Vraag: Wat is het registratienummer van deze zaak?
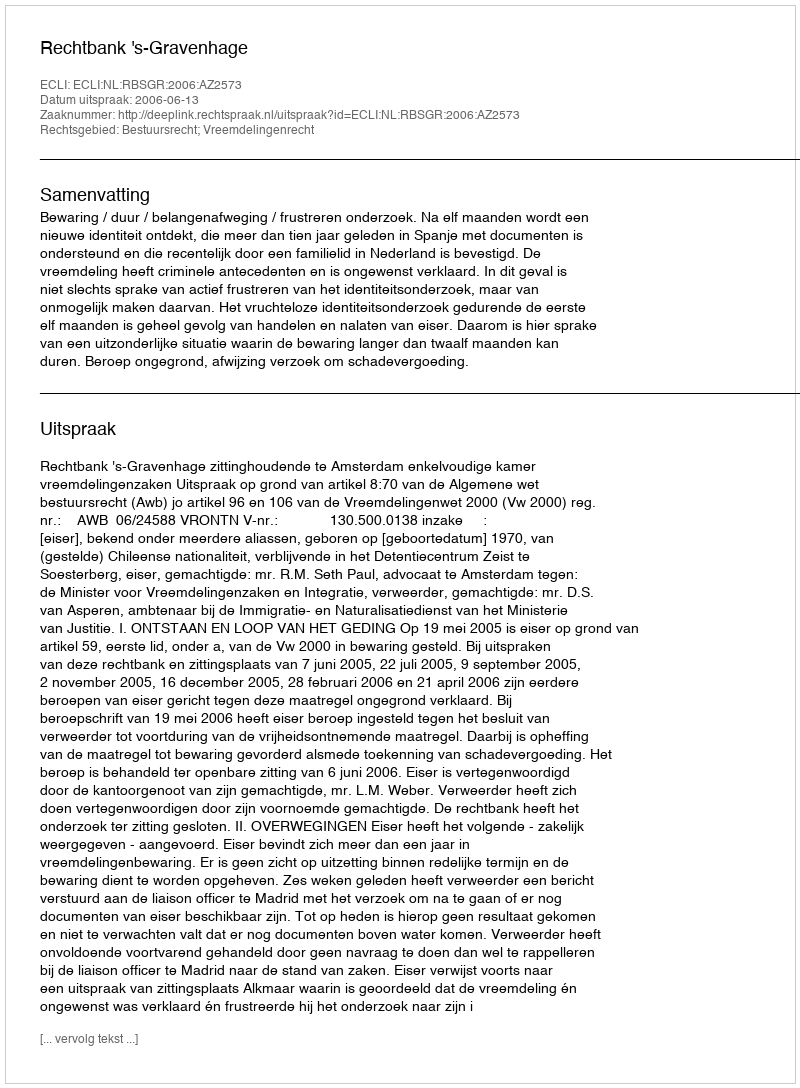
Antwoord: http://deeplink.rechtspraak.nl/uitspraak?id=ECLI:NL:RBSGR:2006:AZ2573